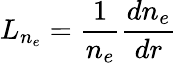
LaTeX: L_{n_{e}}=\frac{1}{n_{e}}\frac{dn_{e}}{dr}